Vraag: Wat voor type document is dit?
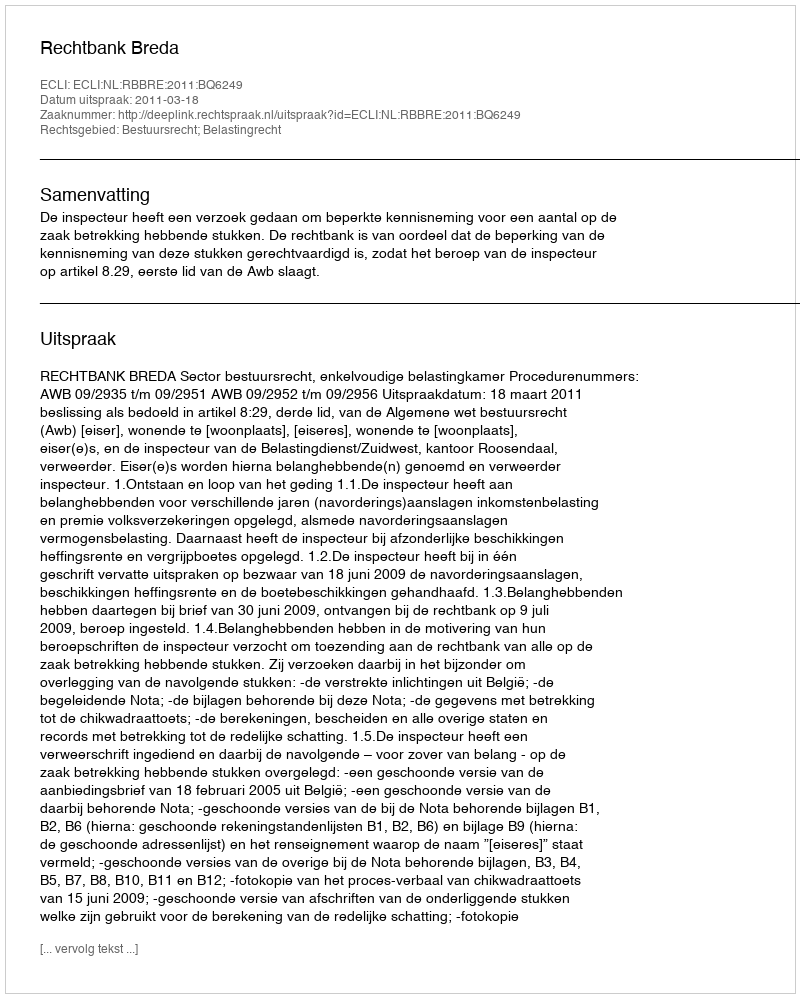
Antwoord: Uitspraak